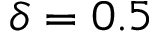
\delta = 0 . 5